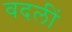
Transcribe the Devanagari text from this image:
वदलीं